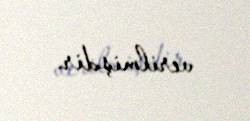
verilmişdir.